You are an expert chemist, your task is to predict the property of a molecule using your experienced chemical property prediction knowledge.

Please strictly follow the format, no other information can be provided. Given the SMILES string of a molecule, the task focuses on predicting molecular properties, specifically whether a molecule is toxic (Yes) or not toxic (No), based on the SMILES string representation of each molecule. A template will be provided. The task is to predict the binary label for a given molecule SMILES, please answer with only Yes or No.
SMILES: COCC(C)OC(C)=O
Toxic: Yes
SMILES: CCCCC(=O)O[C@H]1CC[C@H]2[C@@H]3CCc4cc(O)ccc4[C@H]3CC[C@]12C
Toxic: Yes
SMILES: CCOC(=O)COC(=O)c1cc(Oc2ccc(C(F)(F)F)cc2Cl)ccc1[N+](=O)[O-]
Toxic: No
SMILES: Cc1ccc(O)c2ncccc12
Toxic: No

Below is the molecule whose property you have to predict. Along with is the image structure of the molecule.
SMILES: NCC(=O)CCC(=O)O
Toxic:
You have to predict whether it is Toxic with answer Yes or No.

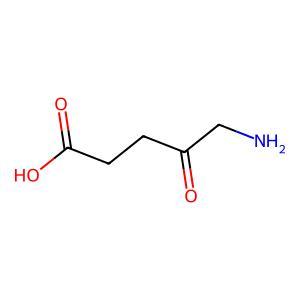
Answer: No